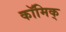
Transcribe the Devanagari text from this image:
कॉमिक्